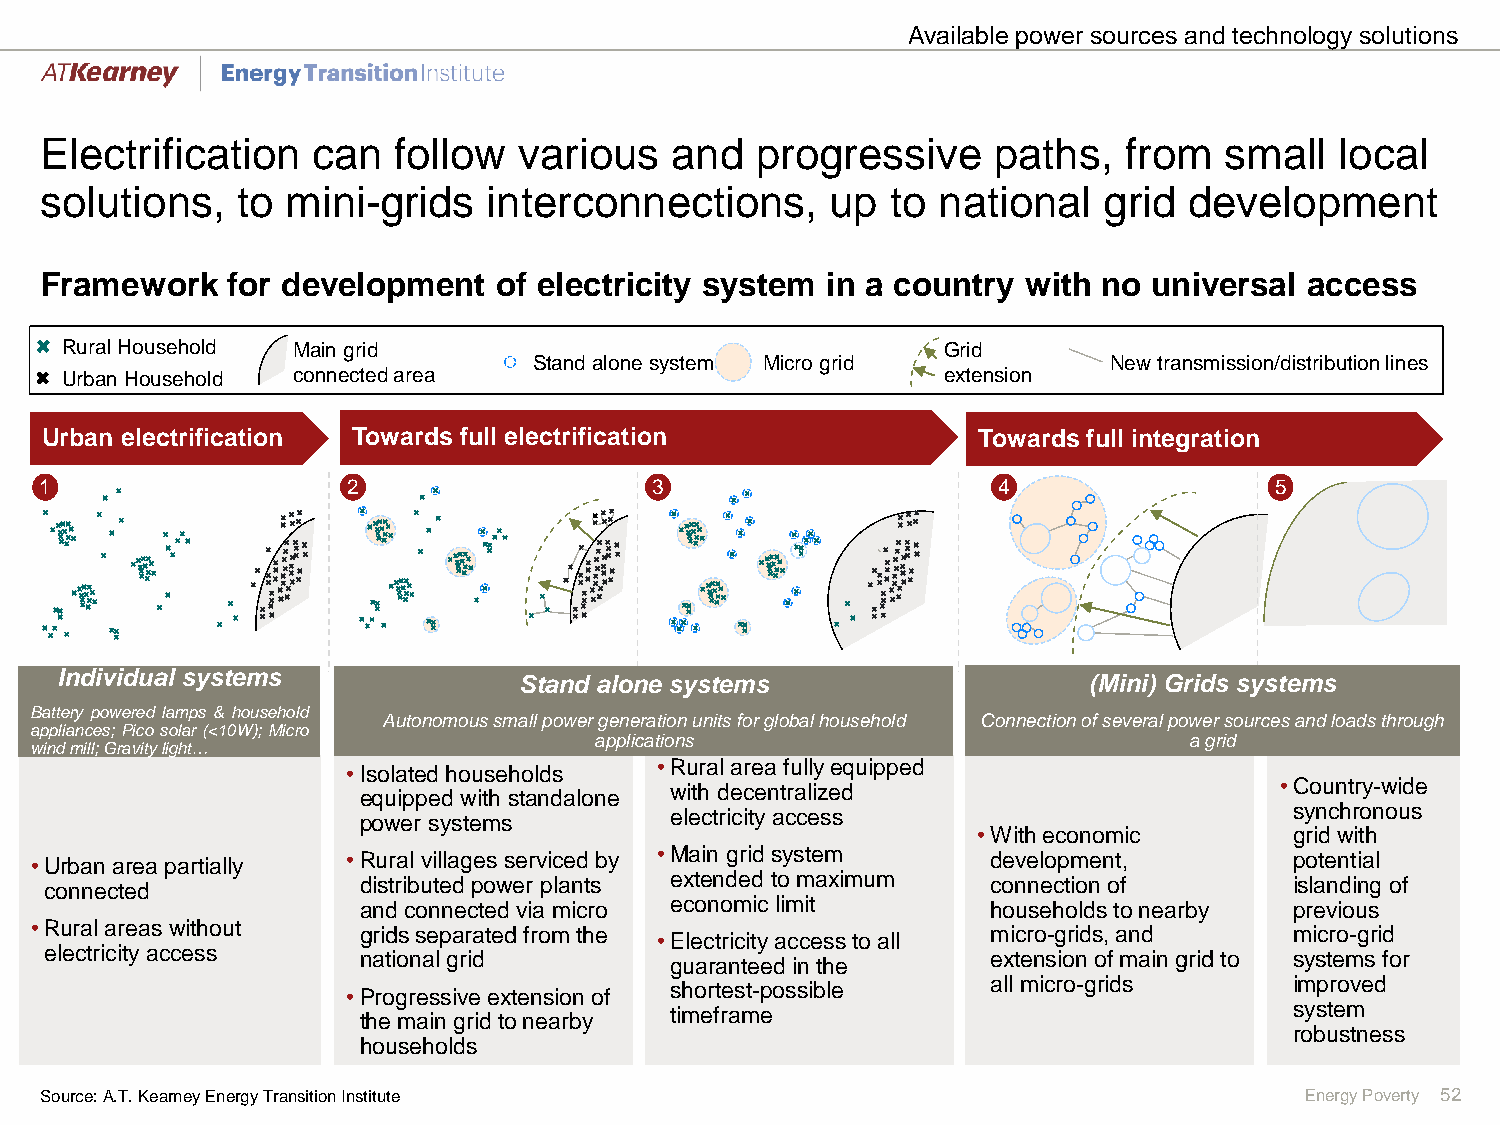
Available power sources and technology solutions
 Electrification   can  follow  various   and   progressive     paths,  from   small   local
 solutions,   to mini-grids   interconnections,      up  to national   grid  development
 Framework   for development   of electricity system in a country with no universal  access
 Rural Household Main grid                                 Grid
 Stand alone system Micro grid          New transmission/distribution lines
 Urban Household connected area                            extension
 Urban electrification Towards full electrification            Towards full integration
 1                   2                   3                      4                 5
 Individual systems
 Stand alone systems                   (Mini) Grids systems
 Battery powered lamps & household
 Autonomous small power generation units for global household Connection of several power sources and loads through
 appliances; Picosolar(<10W);Micro
 applications                            a grid
 windmill;Gravitylight…
 •Rural area fully equipped
 •Isolated households
 with decentralized                       •Country-wide
 equipped with standalone
 electricity access                        synchronous
 power systems
 •With economic       grid with
 •Urban area partially •Rural villages serviced by •Main grid system development,    potential
 connected            distributed power plants extended to maximum connection of    islanding of
 and connected via micro economic limit    households to nearby previous
 •Rural areas without  grids separated from the •Electricity access to all micro-grids, and micro-grid
 electricity access   national grid       guaranteed in the     extension of main grid to systems for
 all micro-grids     improved
 shortest-possible
 •Progressive extension of
 system
 timeframe
 the main grid to nearby
 robustness
 households
 Source: A.T. Kearney Energy Transition Institute                                   Energy Poverty 52